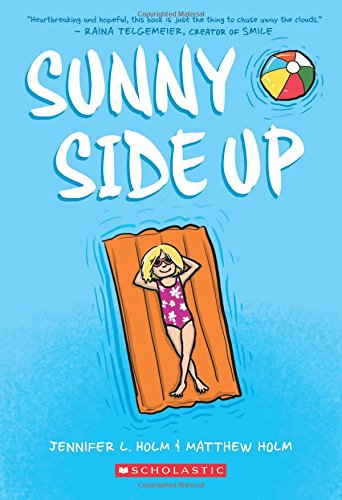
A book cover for Sunny Side Up; Jennifer L. Holm; Children's Books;